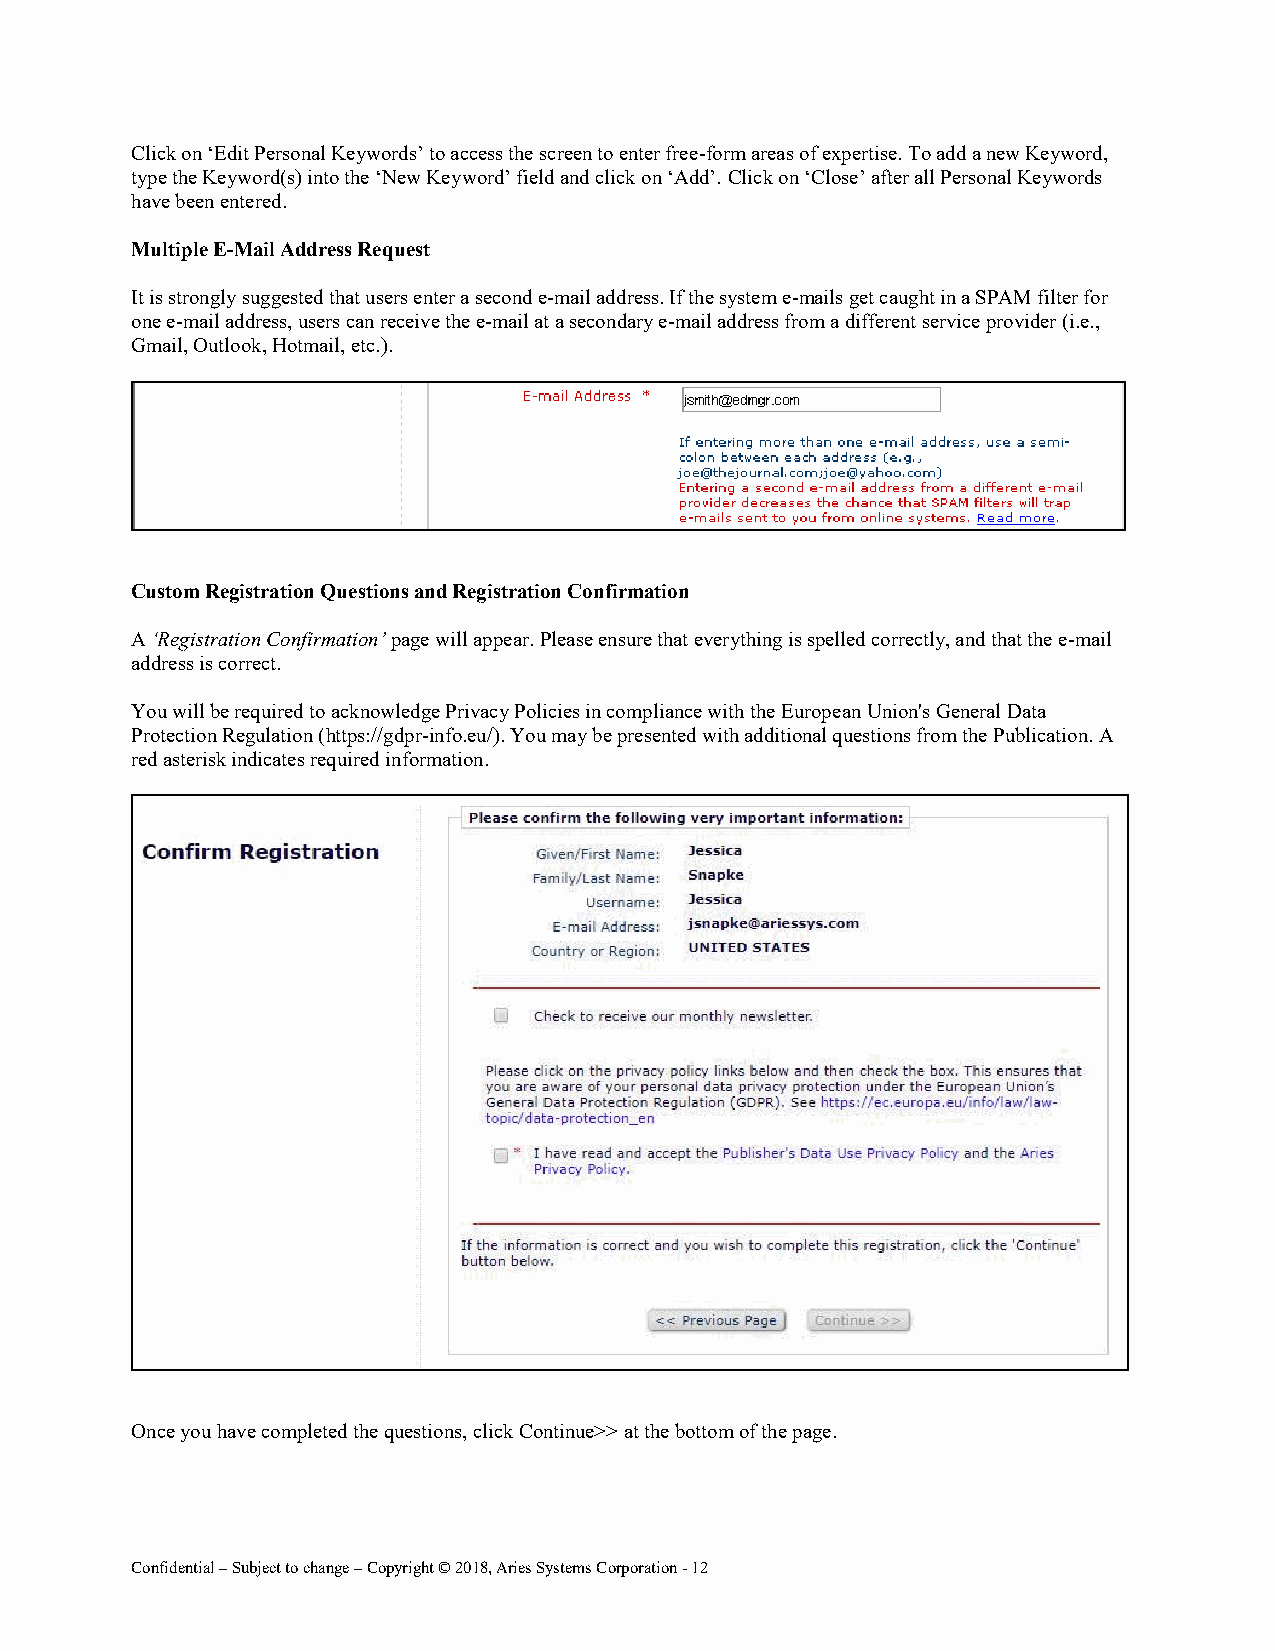
Click on ‘Edit Personal Keywords’ to access the screen to enter free-form areas of expertise. To add a new Keyword,
 type the Keyword(s) into the ‘New Keyword’ field and click on ‘Add’. Click on ‘Close’ after all Personal Keywords
 have been entered.
 Multiple E-Mail Address Request
 It is strongly suggested that users enter a second e-mail address. If the system e-mails get caught in a SPAM filter for
 one e-mail address, users can receive the e-mail at a secondary e-mail address from a different service provider (i.e.,
 Gmail, Outlook, Hotmail, etc.).
 Custom Registration Questions and Registration Confirmation
 A ‘Registration Confirmation’ page will appear. Please ensure that everything is spelled correctly, and that the e-mail
 address is correct.
 You will be required to acknowledge Privacy Policies in compliance with the European Union's General Data
 Protection Regulation (https://gdpr-info.eu/). You may be presented with additional questions from the Publication. A
 red asterisk indicates required information.
 Once you have completed the questions, click Continue>> at the bottom of the page.
 Confidential – Subject to change – Copyright © 2018, Aries Systems Corporation - 12